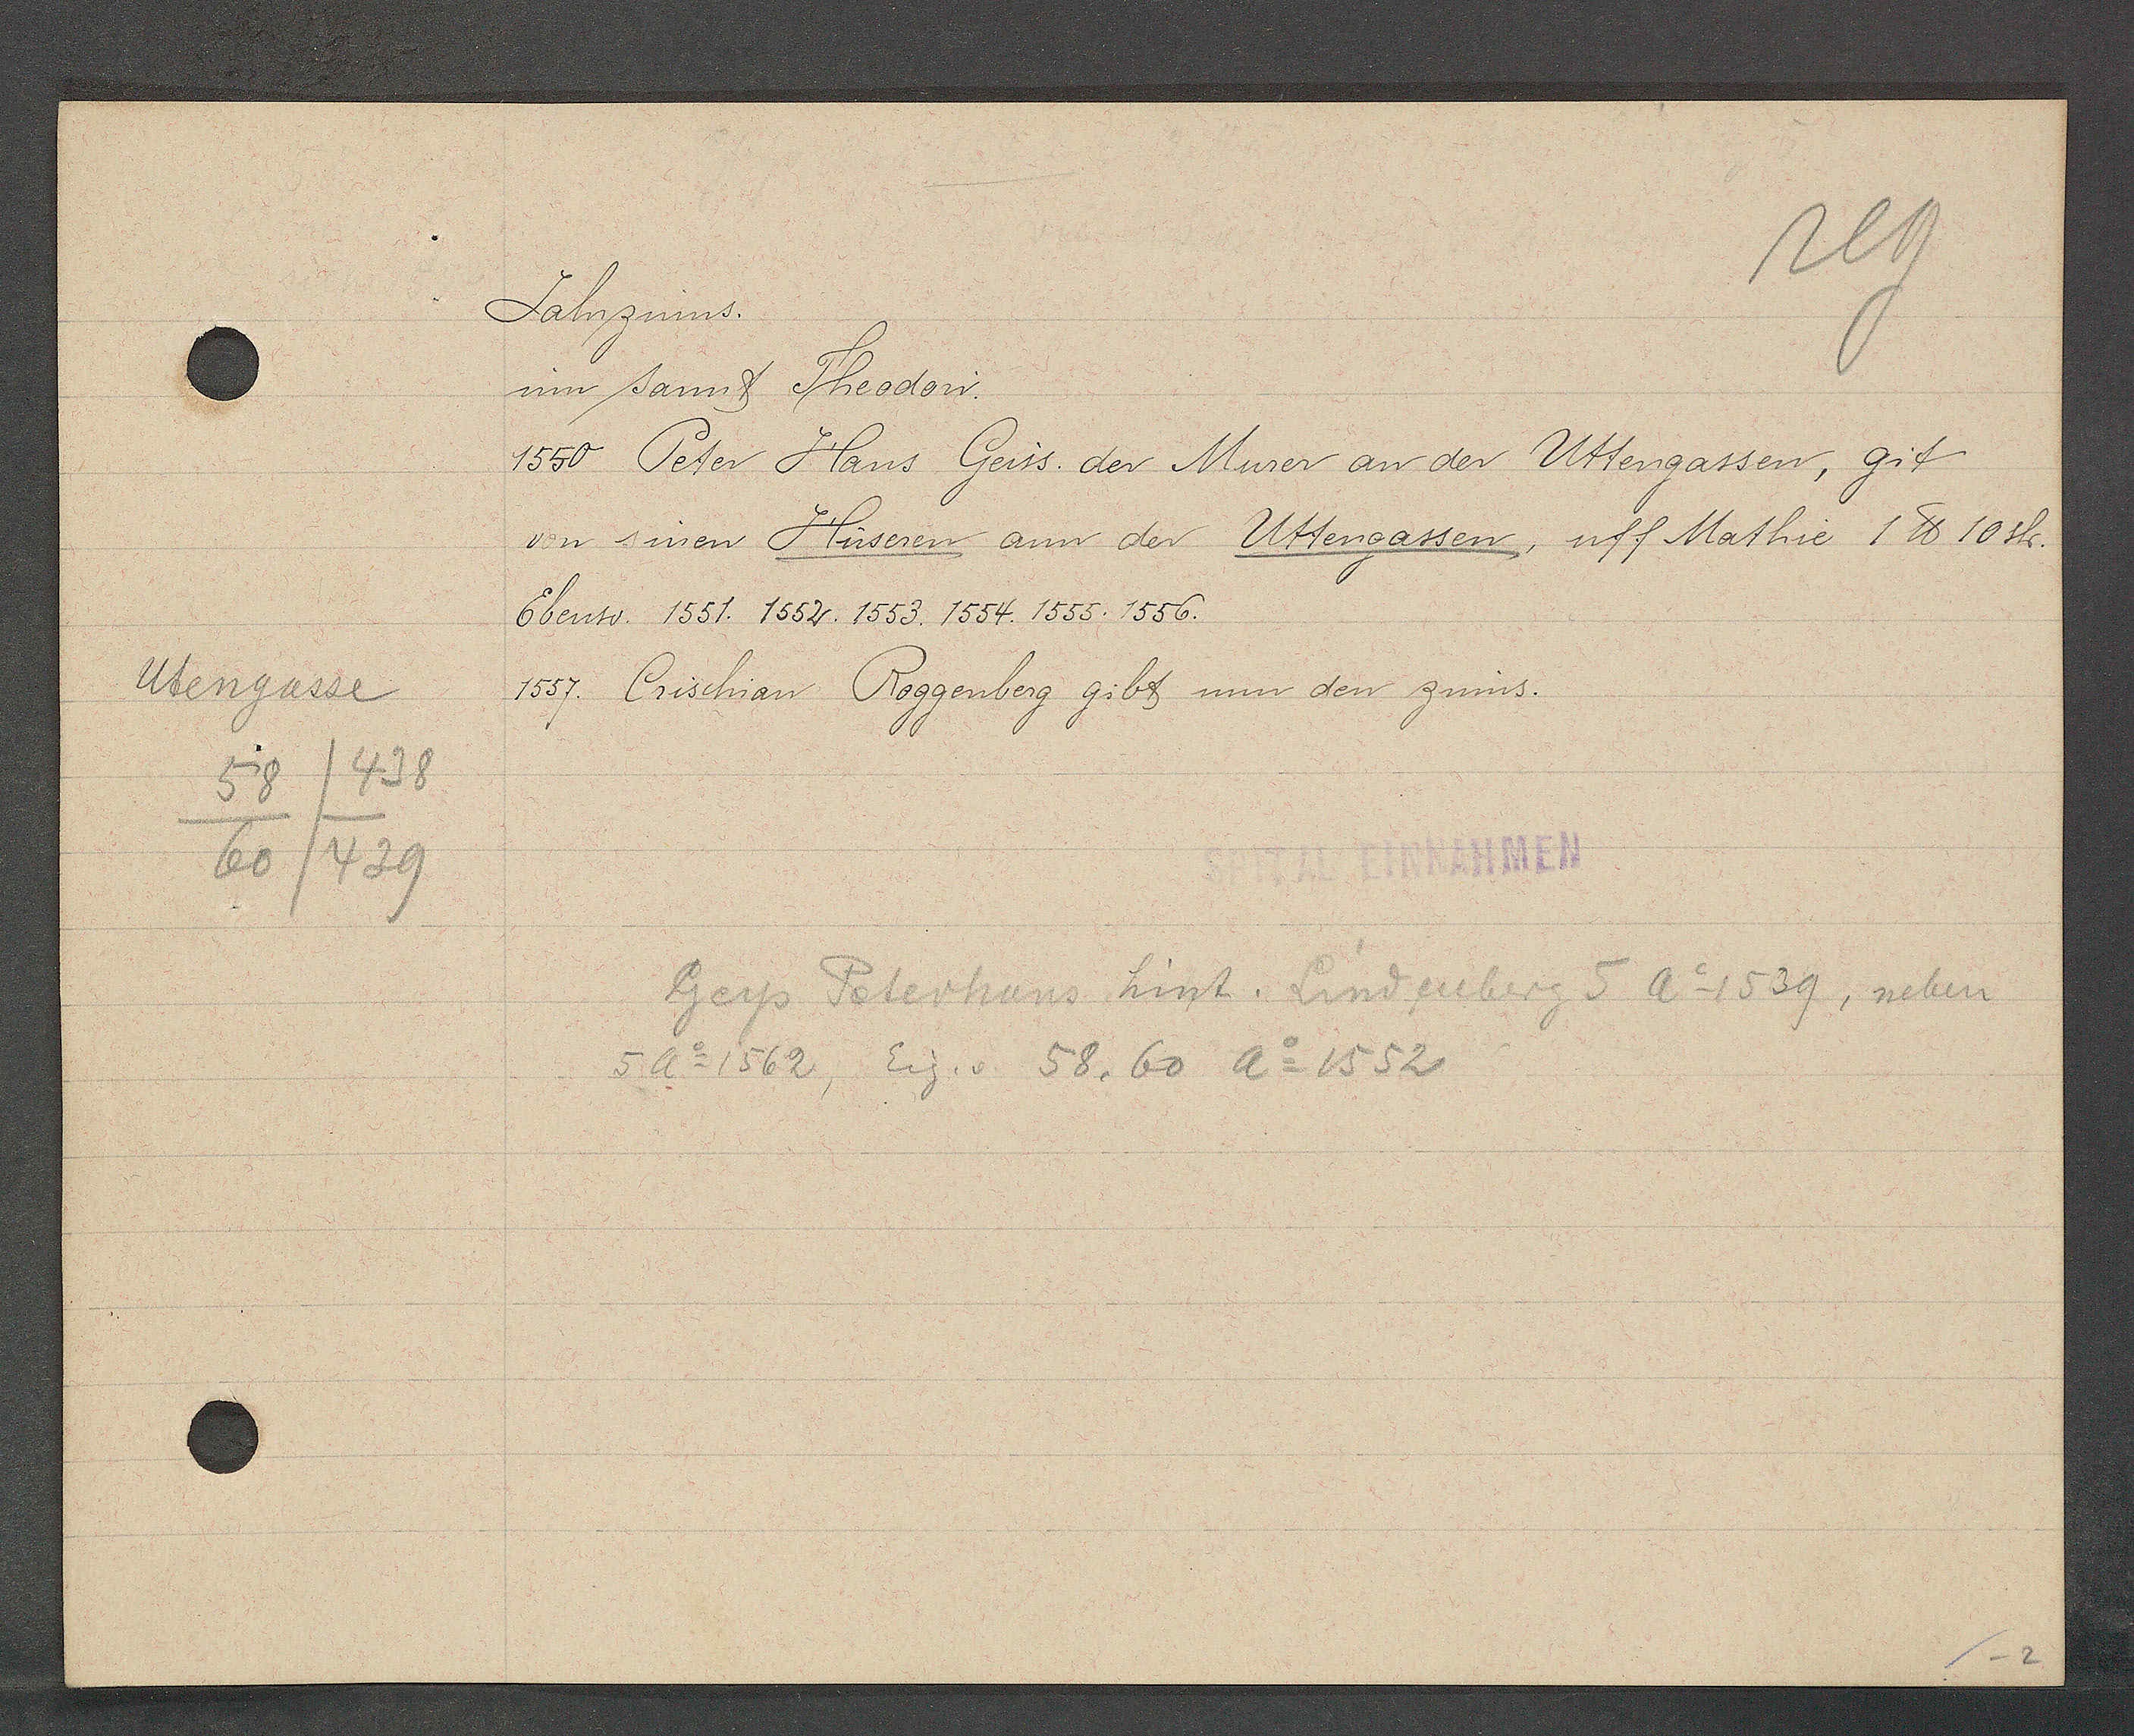
Transcript:
Utengasse
58
60/429
/438

Jahrzinns.

im sannt Theodon.
1550 Peter Hans Geiss. der Murer an der Uttengassen, git
von sinen Hüseren, ann der Uttengassen, uff Mathie 1 ℔ 10 sh.
Ebenso: 1551. 1552. 1553. 1554. 1555. 1556.
1557. Crischian Roggenberg gibt nun den zinns.

Geys Peterhaus hint. Lindenberg 5 Ao 1539, neben
5 Ao 1562, Eig v. 58, 60 Ao 1552

SPITAL EINNAHMEN